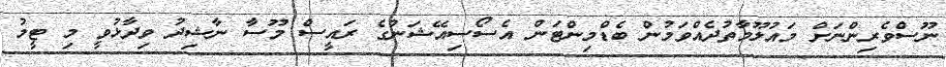
ނޫސްވެރިންނަށް މައުލޫމާތުދެއްވަމުން ބެޑްމިންޓަން އެސޯސިއޭޝަނުގެ ރައީސް މޫސާ ނާޝިދު ވިދާޅުވީ މި ޓީމު